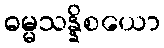
ဓမ္မသန္နိစယော